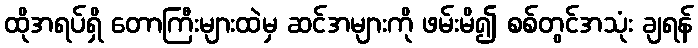
ထိုအရပ်ရှိ တောကြီးများထဲမှ ဆင်အများကို ဖမ်းမိ၍ စစ်တွင်အသုံး ချရန်